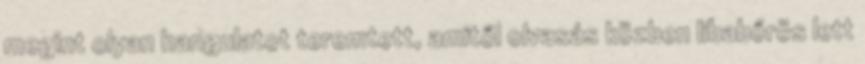
megint olyan hangulatot teremtett, amitől olvasás közben libabőrös lett